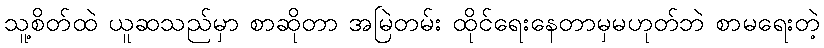
သူ့စိတ်ထဲ ယူဆသည်မှာ စာဆိုတာ အမြဲတမ်း ထိုင်ရေးနေတာမှမဟုတ်ဘဲ စာမရေးတဲ့